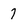
Character: 7